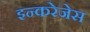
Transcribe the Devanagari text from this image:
इन्करेजेस